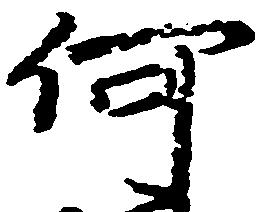
何